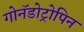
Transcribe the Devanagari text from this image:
गोनॅडोट्रोपिन